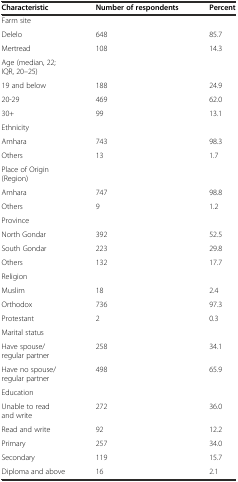
<table><thead><tr><td><b>Characteristic</b></td><td><b>Number of respondents</b></td><td><b>Percent</b></td></tr></thead><tbody><tr><td>Farm site</td><td></td><td></td></tr><tr><td>Delelo</td><td>648</td><td>85.7</td></tr><tr><td>Mertread</td><td>108</td><td>14.3</td></tr><tr><td colspan="3">Age (median, 22; IQR, 20–25)</td></tr><tr><td>19 and below</td><td>188</td><td>24.9</td></tr><tr><td>20-29</td><td>469</td><td>62.0</td></tr><tr><td>30+</td><td>99</td><td>13.1</td></tr><tr><td colspan="3">Ethnicity</td></tr><tr><td>Amhara</td><td>743</td><td>98.3</td></tr><tr><td>Others</td><td>13</td><td>1.7</td></tr><tr><td colspan="3">Place of Origin (Region)</td></tr><tr><td>Amhara</td><td>747</td><td>98.8</td></tr><tr><td>Others</td><td>9</td><td>1.2</td></tr><tr><td>Province</td><td></td><td></td></tr><tr><td>North Gondar</td><td>392</td><td>52.5</td></tr><tr><td>South Gondar</td><td>223</td><td>29.8</td></tr><tr><td>Others</td><td>132</td><td>17.7</td></tr><tr><td colspan="3">Religion</td></tr><tr><td>Muslim</td><td>18</td><td>2.4</td></tr><tr><td>Orthodox</td><td>736</td><td>97.3</td></tr><tr><td>Protestant</td><td>2</td><td>0.3</td></tr><tr><td colspan="3">Marital status</td></tr><tr><td>Have spouse/regular partner</td><td>258</td><td>34.1</td></tr><tr><td>Have no spouse/regular partner</td><td>498</td><td>65.9</td></tr><tr><td colspan="3">Education</td></tr><tr><td>Unable to read and write</td><td>272</td><td>36.0</td></tr><tr><td>Read and write</td><td>92</td><td>12.2</td></tr><tr><td>Primary</td><td>257</td><td>34.0</td></tr><tr><td>Secondary</td><td>119</td><td>15.7</td></tr><tr><td>Diploma and above</td><td>16</td><td>2.1</td></tr></tbody></table>